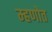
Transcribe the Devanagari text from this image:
म्हणोत